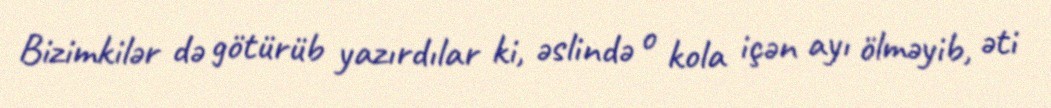
Bizimkilər də götürüb yazırdılar ki, əslində o kola içən ayı ölməyib, əti